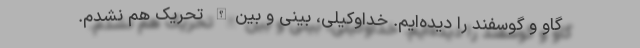
گاو و گوسفند را دیده‌ایم. خداوکیلی، بینی و بین‌الله تحریک هم نشدم.